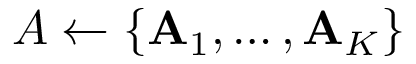
{ \cal A } \gets \{ { \bf A } _ { 1 } , \ldots , { \bf A } _ { K } \}